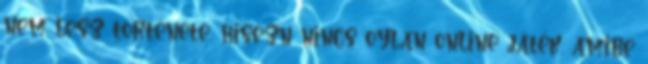
nem lesz története, hisezn nincs oylan online játék, amibe